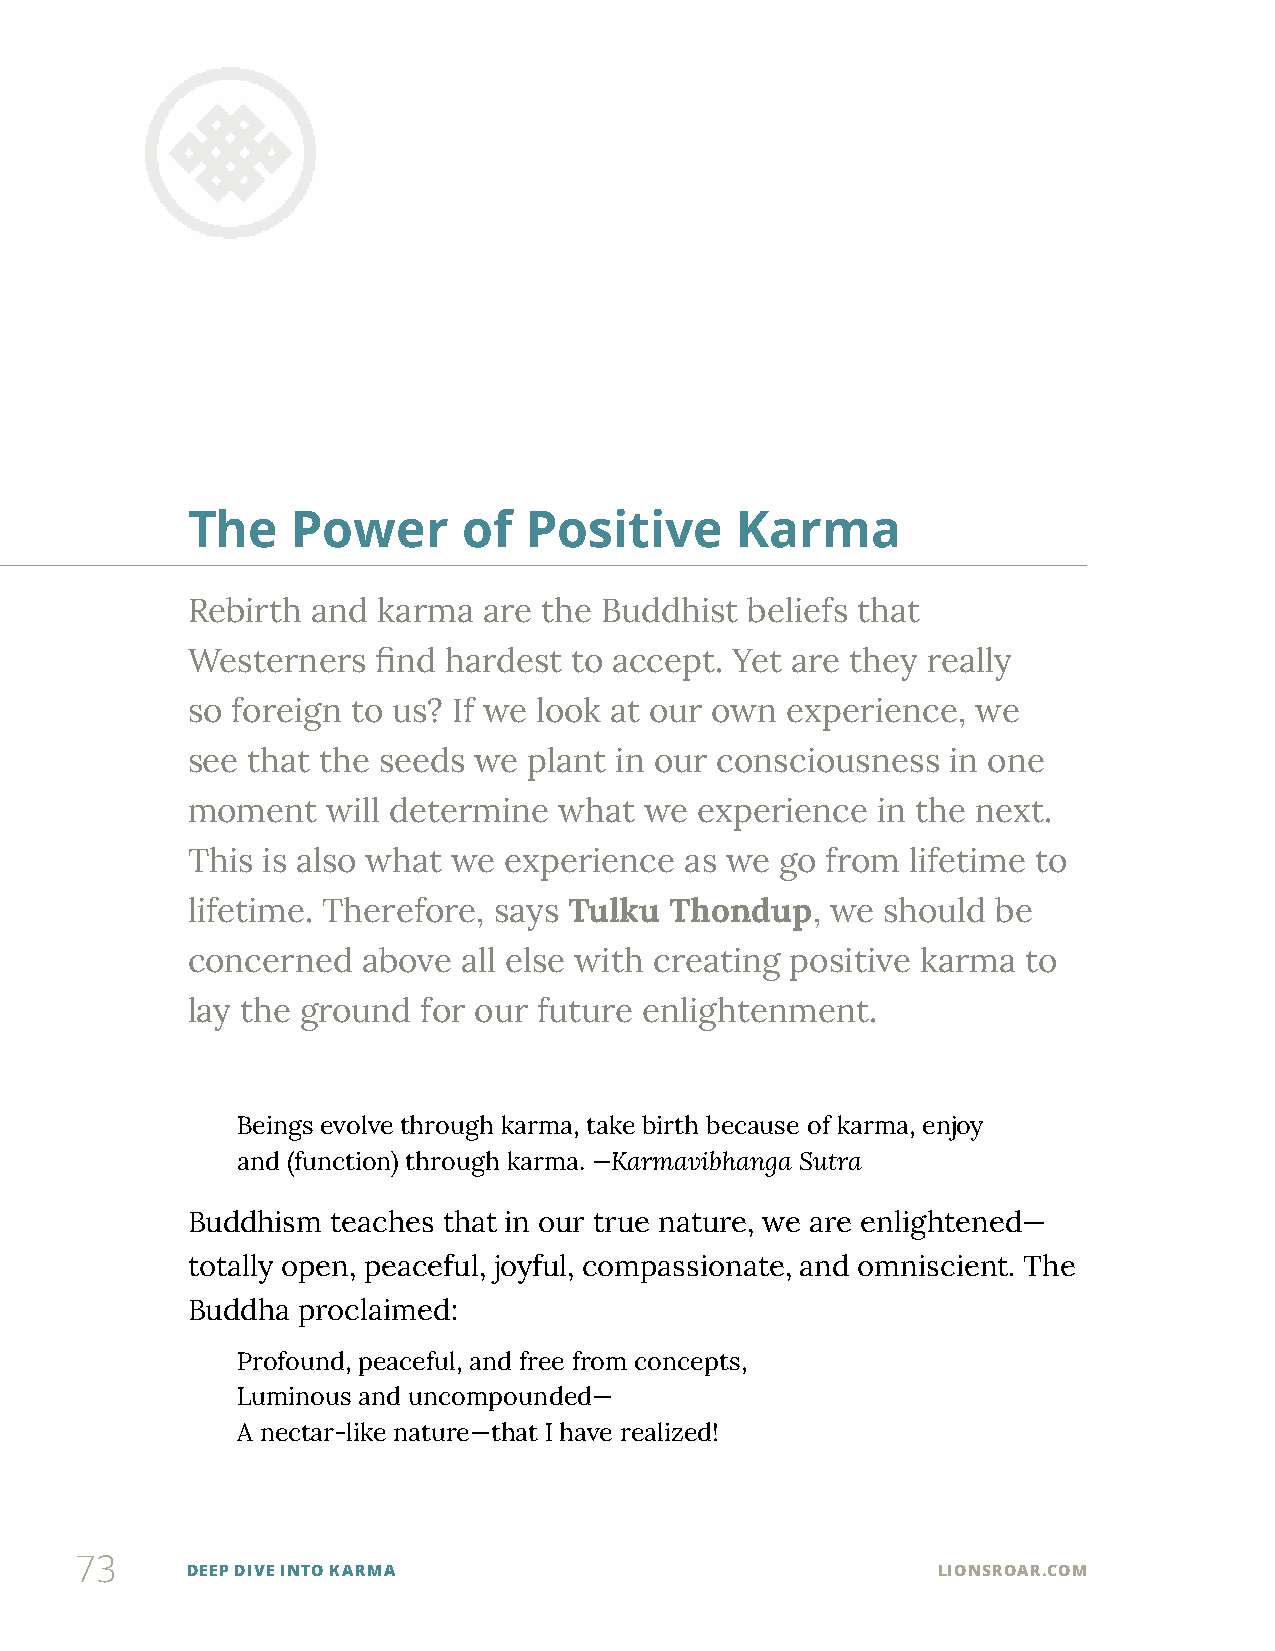
The    Power       of  Positive      Karma
 Rebirth  and karma  are the Buddhist beliefs that
 Westerners   find hardest to accept. Yet are they really
 so foreign to us? If we look at our own experience,  we
 see that the seeds we  plant in our consciousness  in one
 moment    will determine what  we experience  in the next.
 This is also what we experience  as we  go from lifetime to
 lifetime. Therefore, says Tulku Thondup,   we should  be
 concerned   above  all else with creating positive karma to
 lay the ground  for our future enlightenment.
 Beings evolve through karma, take birth because of karma, enjoy
 and (function) through karma. —Karmavibhanga Sutra
 Buddhism  teaches that in our true nature, we are enlightened—
 totally open, peaceful, joyful, compassionate, and omniscient. The
 Buddha  proclaimed:
 Profound, peaceful, and free from concepts,
 Luminous and uncompounded—
 A nectar-like nature—that I have realized!
 73
 DEEP DIVE INTO KARMA                              LIONSROAR.COM